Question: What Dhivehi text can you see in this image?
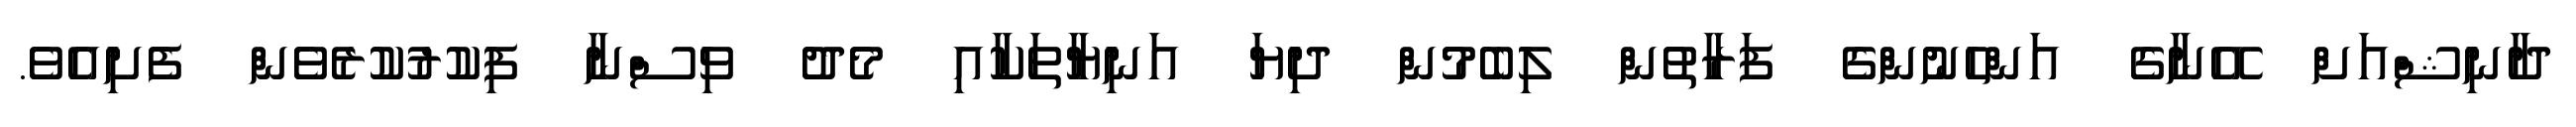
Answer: ދާނިޝްއަށް އޭނާގެ އަންހެނުންގެ ފަރާތުން ލިބެމުން ދިޔަ އަނިޔާތަކާއި މެދު ވިސްނާ ފިކުރުކުރެވެން ފެށިއެވެ.